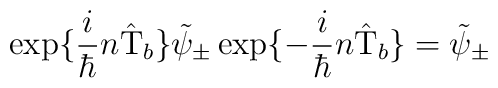
\exp\{\frac{i}{\hbar} n \hat{\rm T}_b \} \tilde{\psi}_{\pm}\exp\{- \frac{i}{\hbar} n \hat{\rm T}_b \} =\tilde{\psi}_{\pm}